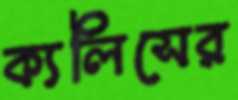
ক্যলিসের